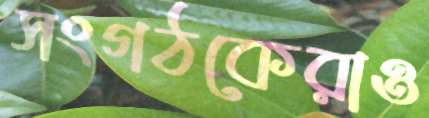
সংগঠকেরাও